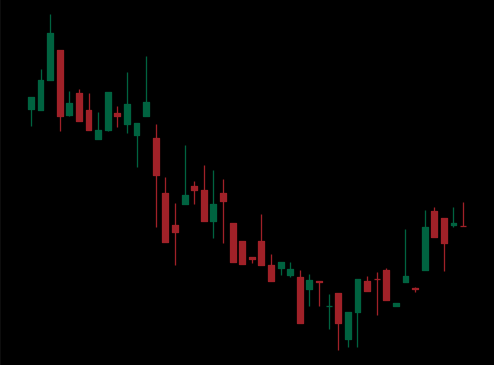
Pattern: bull_flag